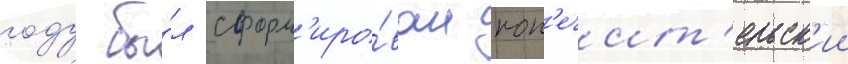
году бы́л сформ'иро́ван поп'ечит'ельск'ии